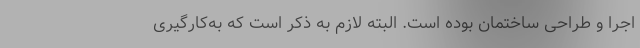
اجرا و طراحی ساختمان بوده است. البته لازم به ذکر است که به‌کارگیری